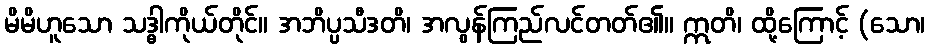
မိမိဟူသော သဒ္ဓါကိုယ်တိုင်။ အဘိပ္ပသီဒတိ၊ အလွန်ကြည်လင်တတ်၏။ ဣတိ၊ ထို့ကြောင့် (သော၊